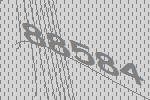
88584